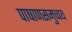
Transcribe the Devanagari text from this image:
पाषाणसमुच्चय